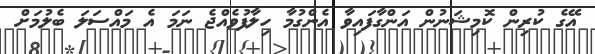
އޭގެ ކުރިން ކޮމިޝަނުން އަންގާފައިވާ އެންގުމާ ހިލާފުވެއްޖެ ނަމަ އެ މައްސަލަ ބެލުމަށް